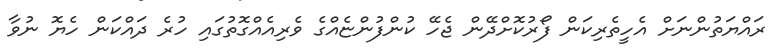
ރައްޔަތުންނަށް އެހީތެރިކަން ފޯރުކޮށްދޭން ޖެހޭ ކުންފުންޏެއްގެ ވެރިއެއްގޮތުގައި ހުރެ ދައްކަން ހެޔޮ ނުވާ